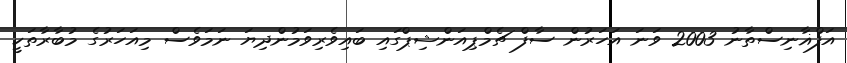
އަފްޣާނިސްތާނު 2003 ވަނަ އަހަރުން ސާފް ޗެމްޕިއަންޝިޕްގައި ބައިވެރިވަމުންދިޔަ ނަމަވެސް މިއަހަރުގެ މުބާރާތަކީ